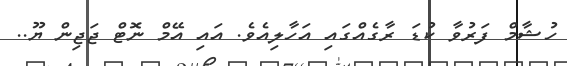
ހުޝާމް ފަރުވާ ކުޑަ ރާގެއްގައި އަހާލިއެވެ. އައި އޭމް ނޮޓް ޖަޖިން ޔޫ..